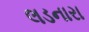
લડનારા